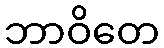
ဘာဝိတေ